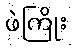
ဖဲကြိုး